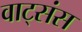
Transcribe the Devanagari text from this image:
वाट्संस